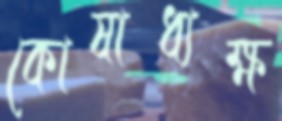
কোষাধ্যক্ষ